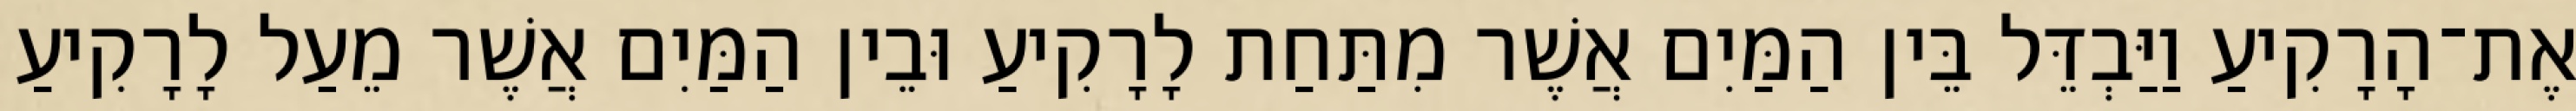
אֶת־הָרָקִיעַ וַיַּבְדֵּל בֵּין הַמַּיִם אֲשֶׁר מִתַּחַת לָרָקִיעַ וּבֵין הַמַּיִם אֲשֶׁר מֵעַל לָרָקִיעַ